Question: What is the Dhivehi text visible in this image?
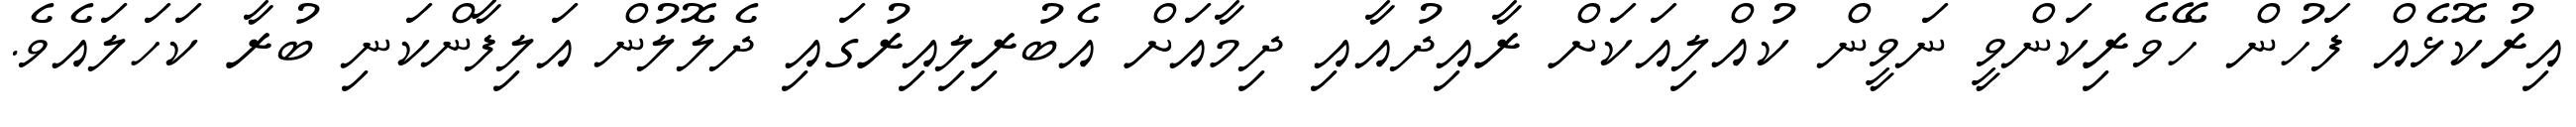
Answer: އިރުކޮޅެއް ފަހުން ހޭވެރިކަންވީ ނަވީން ކުއްލިއަކަށް ރާއިދުއާއި ދިމާއަށް އެބުރިލިއިރުގައި ދެލޮލުން އަލިފާންކަނި ބުރާ ކަހަލައެވެ.